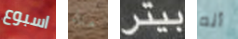
اسبوع منذ بيتر أنه